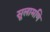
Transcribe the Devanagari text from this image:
सूलामणि